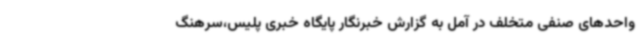
واحدهای صنفی متخلف در آمل به گزارش خبرنگار پایگاه خبری پلیس،سرهنگ